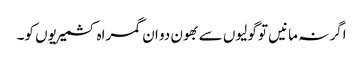
اگر نہ مانیں تو گولیوں سے بھون دو ان گمراہ کشمیریوں کو۔